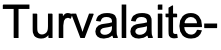
Turvalaite-